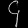
Digit: ၄